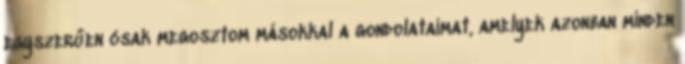
egyszerűen csak megosztom másokkal a gondolataimat, amelyek azonban minden